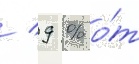
/ 9 % о́т